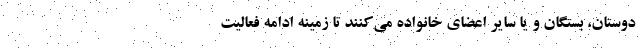
دوستان، بستگان و یا سایر اعضای خانواده می‌کنند تا زمینه ادامه فعالیت